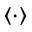
\langle \cdot \rangle